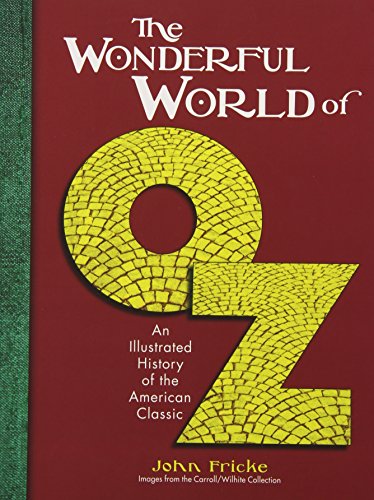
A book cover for The Wonderful World of Oz: An Illustrated History of the American Classic; John Fricke; Humor & Entertainment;